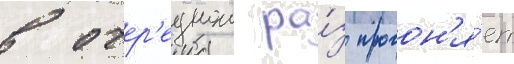
в очер'еднои ра́з прогон'я́ет